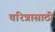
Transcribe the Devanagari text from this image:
चरित्रासाठी